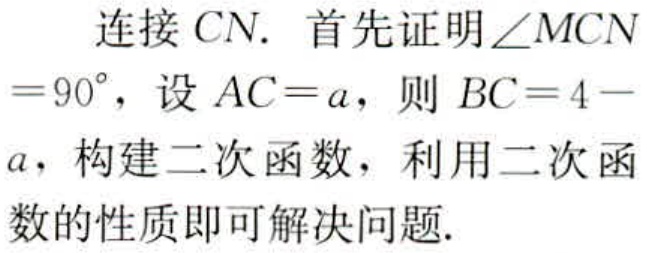
连接 \(CN\). 首先证明\(\angle MCN = 90^{\circ}\)，设 \(AC = a\)，则 \(BC = 4 - a\)，构建二次函数，利用二次函数的性质即可解决问题.